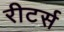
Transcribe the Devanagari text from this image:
रीटर्स